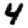
Digit: 4